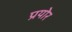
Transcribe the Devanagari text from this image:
प्रयोर